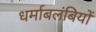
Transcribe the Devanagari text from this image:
धर्माबलंबियों